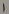
Text: 1